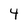
Character: 4